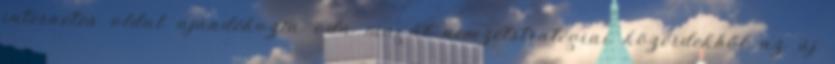
internetes oldal ajándékozta oda magát nemzetstratégiai közérdekből az új